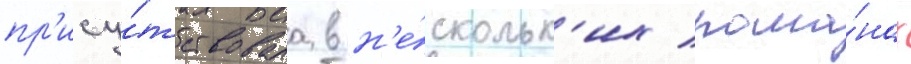
пр'ису́тствовала в н'е́скольк'их рома́нах